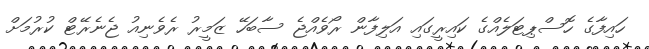
ހައިފާގެ ހޮސްޕިޓަލެއްގެ ކައިރީގައި އަލިފާން ރޯވެއްޖެ ސާބަހޭ ޒަމީރު ރެވެނިއު ޖެނެރޭޓް ކުރުމަށް